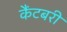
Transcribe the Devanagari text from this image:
कैंटबरी